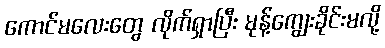
ကောင်မလေးတွေ လိုက်ရှာပြီး မုန့်ကျွေးခိုင်းမလို့